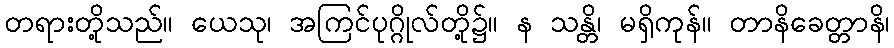
တရားတို့သည်။ ယေသု၊ အကြင်ပုဂ္ဂိုလ်တို့၌။ န သန္တိ၊ မရှိကုန်။ တာနိခေတ္တာနိ၊